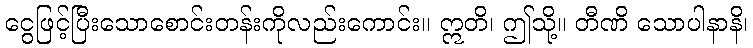
ငွေဖြင့်ပြီးသောစောင်းတန်းကိုလည်းကောင်း။ ဣတိ၊ ဤသို့။ တီဏိ သောပါနာနိ၊